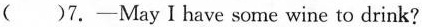
( )7. —May I have some wine to drink?